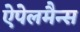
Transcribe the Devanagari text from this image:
ऐपेलमैन्स